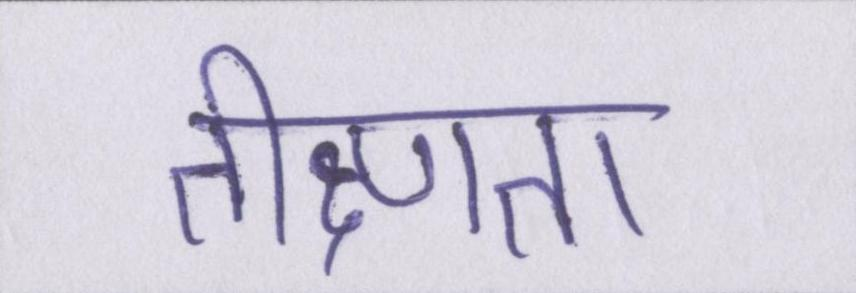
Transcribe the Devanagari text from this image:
तीक्ष्णता